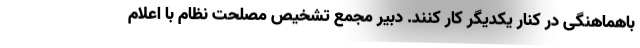
باهماهنگی در کنار یکدیگر کار کنند. دبیر مجمع تشخیص مصلحت نظام با اعلام